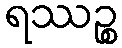
ရဿဉ္စ